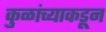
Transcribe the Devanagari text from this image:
कुळांच्याकडून